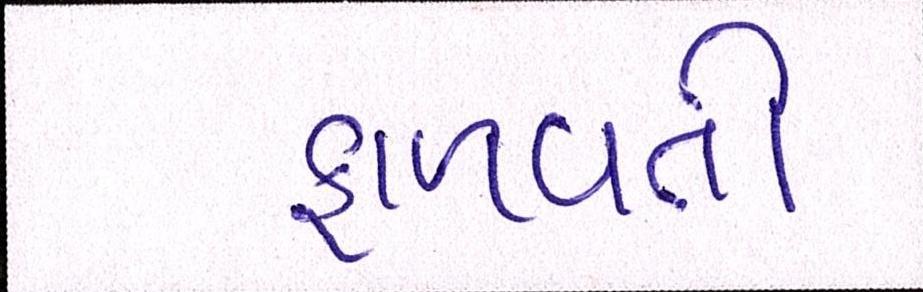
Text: ફાળવતી